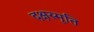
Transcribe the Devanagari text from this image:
दक्षस्मृति